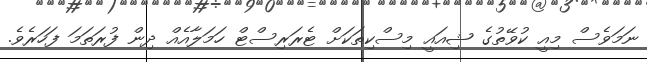
ނަމަވެސް މިއީ ކުވޭތުގެ ޝިއައީ މިސްކިތަކަށް ޓެރަރިސްޓް ހަމަލާއެއް ދިން ފުރަތަމަ ފަހަރެެވެ.